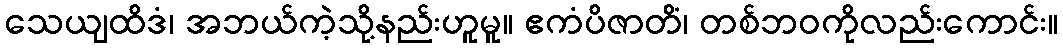
သေယျထိဒံ၊ အဘယ်ကဲ့သို့နည်းဟူမူ။ ဧကံပိဇာတိံ၊ တစ်ဘဝကိုလည်းကောင်း။